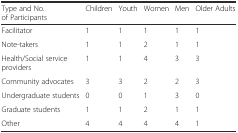
<table><thead><tr><td><b>Type and No. of Participants</b></td><td><b>Children</b></td><td><b>Youth</b></td><td><b>Women</b></td><td><b>Men</b></td><td><b>Older Adults</b></td></tr></thead><tbody><tr><td>Facilitator</td><td>1</td><td>1</td><td>1</td><td>1</td><td>1</td></tr><tr><td>Note-takers</td><td>1</td><td>1</td><td>2</td><td>1</td><td>1</td></tr><tr><td>Health/Social service providers</td><td>1</td><td>1</td><td>4</td><td>3</td><td>3</td></tr><tr><td>Community advocates</td><td>3</td><td>3</td><td>2</td><td>2</td><td>3</td></tr><tr><td>Undergraduate students</td><td>0</td><td>0</td><td>1</td><td>3</td><td>0</td></tr><tr><td>Graduate students</td><td>1</td><td>1</td><td>2</td><td>1</td><td>1</td></tr><tr><td>Other</td><td>4</td><td>4</td><td>4</td><td>4</td><td>1</td></tr></tbody></table>